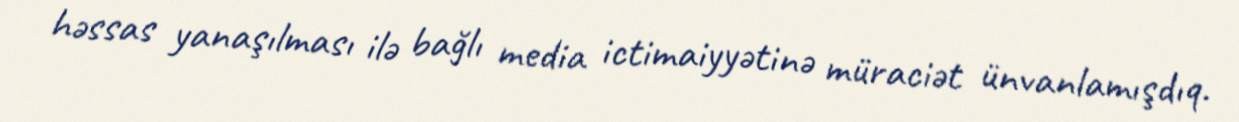
həssas yanaşılması ilə bağlı media ictimaiyyətinə müraciət ünvanlamışdıq.